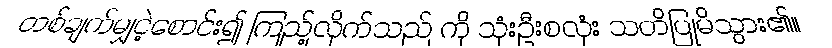
တစ်ချက်မျှငဲ့စောင်း၍ ကြည့်လိုက်သည် ကို သုံးဦးစလုံး သတိပြုမိသွား၏။